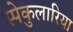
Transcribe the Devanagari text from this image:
स्पेकुलारिया